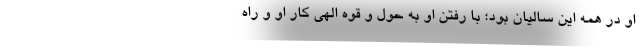
او در همه این سالیان بود؛ با رفتن او به حول و قوه الهی کار او و راه